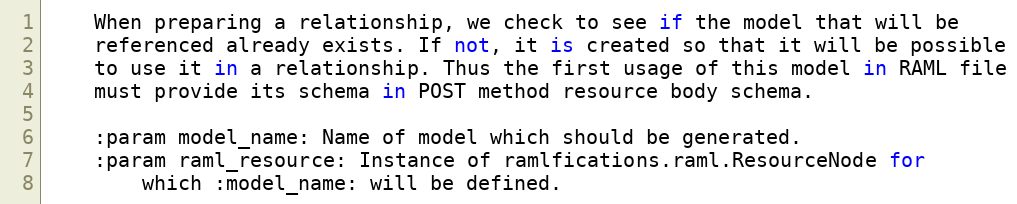
Language: Python
    When preparing a relationship, we check to see if the model that will be
    referenced already exists. If not, it is created so that it will be possible
    to use it in a relationship. Thus the first usage of this model in RAML file
    must provide its schema in POST method resource body schema.

    :param model_name: Name of model which should be generated.
    :param raml_resource: Instance of ramlfications.raml.ResourceNode for
        which :model_name: will be defined.